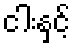
ငါးနှင့်